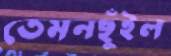
তেমনছুঁইল